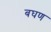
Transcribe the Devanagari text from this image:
बघण